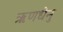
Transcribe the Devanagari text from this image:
ऋणधेनु